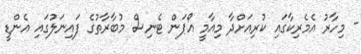
- މިހާރު އެމެރިކާގައި ކުރިއަށްދާ މިއާމީ އޯޕަން ޓެނިސް މުބާރާތުގެ ފައިނަލުގައި އެންޑީ